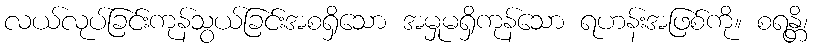
လယ်လုပ်ခြင်းကုန်သွယ်ခြင်းအစရှိသော အမှုမရှိကုန်သော ရဟန်းအဖြစ်ကို။ စရန္တိ၊